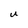
Character: U